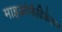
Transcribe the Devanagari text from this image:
माइक्रोफैब्रिकेशन